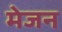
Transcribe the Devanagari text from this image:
मेजन